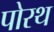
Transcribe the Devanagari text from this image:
पोरथ